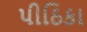
પીઠિકા